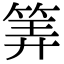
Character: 筭